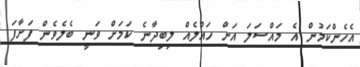
އެހެންކަމުން އެ މައްސަލަ އަށް ހައްލެއް ލިބިދާނެ ކަމަށް ވަނީ ބެލެވެން ފަށާފަ